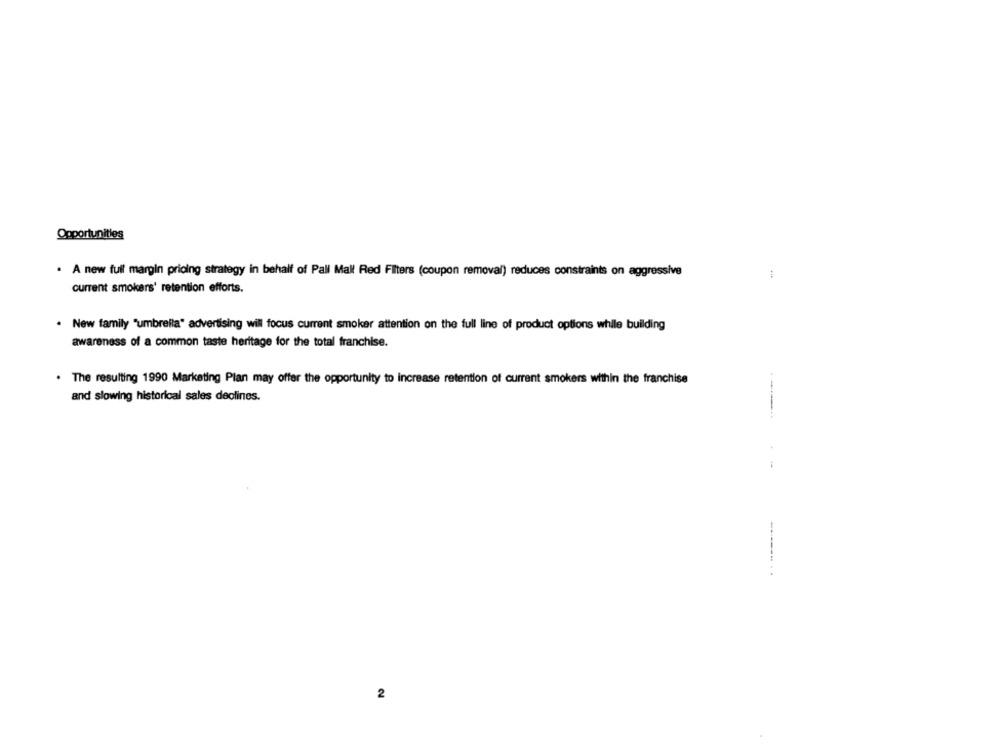
Opportunities
. A new full margin prioing strategy in behalf of Pall Mall Red Filters (coupon removal) reduces constraints on aggressive
current smokers' retention efforts.
. New family "umbrella" advertising will focus current smoker attention on the full line of product options while building
awareness of a common taste heritage for the total franchise.
. The resulting 1990 Marketing Plan may offer the opportunity to increase retention of current smokers within the franchise
and slowing historical sales declines.
2